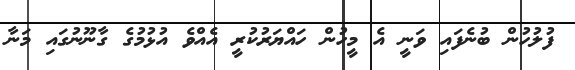
ފުލުހުން ބުނެފައި ވަނީ އެ މީހުން ހައްޔަރުކުރީ އެއްވެ އުޅުމުގެ ގާނޫނުގައި މަނާ